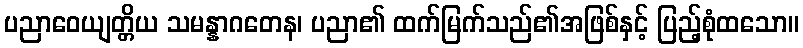
ပညာဝေယျတ္တိယ သမန္နာဂတေန၊ ပညာ၏ ထက်မြက်သည်၏အဖြစ်နှင့် ပြည့်စုံထသော။